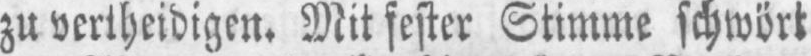
zu vertheidigen. Mit fester Stimme schwört